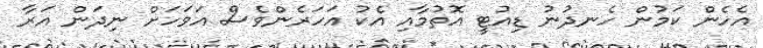
އެހެން ކަމުން ހެނދުނު ޑިއުޓީ އޮތުމާއި އެކު އަހަރެންވެސް އަވަހަށް ނިދަން އަރާ